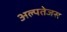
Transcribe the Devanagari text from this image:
अल्पतेजस